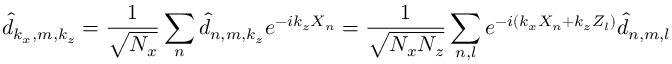
\hat { d } _ { k _ { x } , m , k _ { z } } = \frac { 1 } { \sqrt { N _ { x } } } \sum _ { n } \hat { d } _ { n , m , k _ { z } } e ^ { - i k _ { z } X _ { n } } = \frac { 1 } { \sqrt { N _ { x } N _ { z } } } \sum _ { n , l } e ^ { - i ( k _ { x } X _ { n } + k _ { z } Z _ { l } ) } \hat { d } _ { n , m , l }